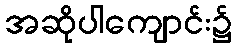
အဆိုပါကျောင်း၌